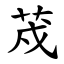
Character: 荗